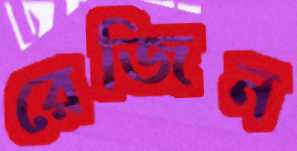
রেজিন